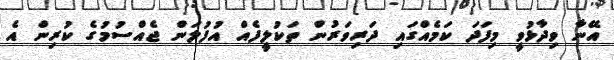
އޭނާ ވިދާޅުވީ މިފަދަ ކަމެއްގައި ދަރިވަރުން ތަކުލީފެއް އުފުލަން ޖެއްސުމުގެ ކުރިން އެ